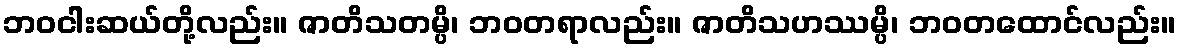
ဘဝငါးဆယ်တို့လည်း။ ဇာတိသတမ္ပိ၊ ဘဝတရာလည်း။ ဇာတိသဟဿမ္ပိ၊ ဘဝတထောင်လည်း။